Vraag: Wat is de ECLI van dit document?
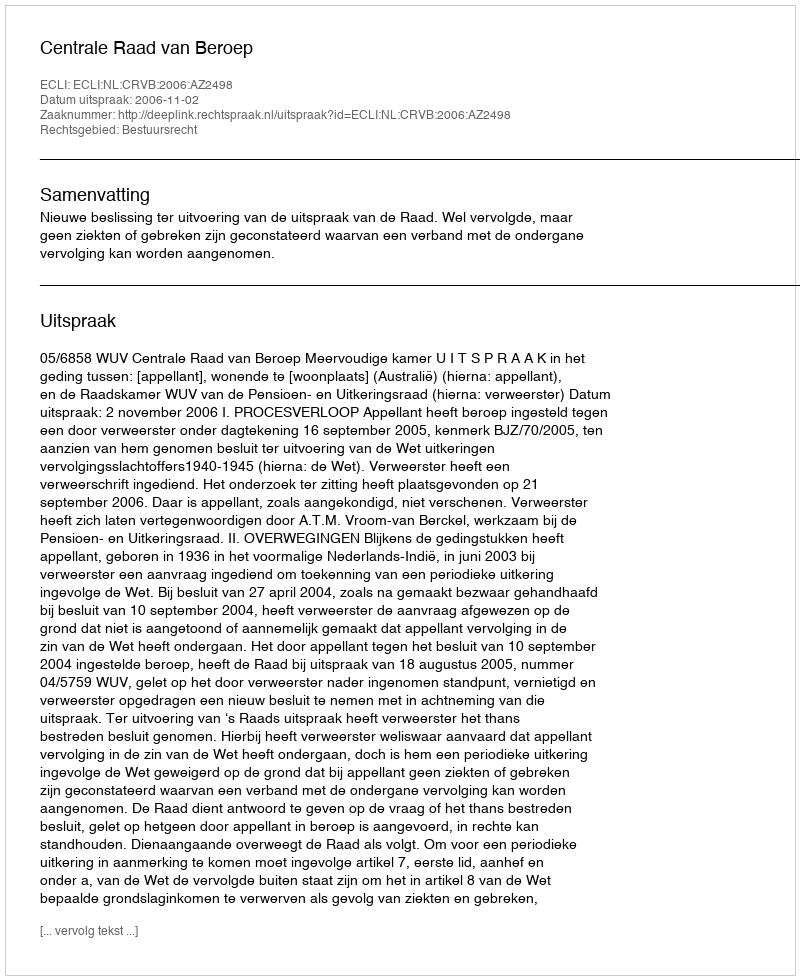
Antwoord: ECLI:NL:CRVB:2006:AZ2498